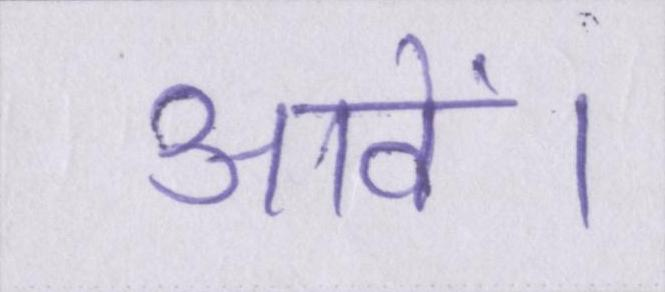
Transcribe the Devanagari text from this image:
आवें।